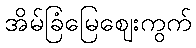
အိမ်ခြံမြေဈေးကွက်